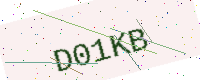
Text: D01KB